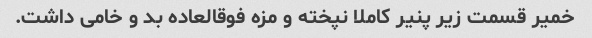
خمیر قسمت زیر پنیر کاملا نپخته و مزه فوقالعاده بد و خامی داشت.